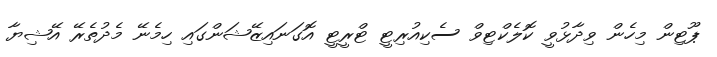
ޕޫޓިން މިހެން ވިދާޅުވީ ކޮލެކްޓިވް ސެކިއުރިޓީ ޓްރީޓީ އޮގަނައިޒޭޝަންގައި ހިމެނޭ މެދުތެރޭ އޭޝިޔާ